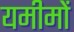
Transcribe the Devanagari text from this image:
यमीमों